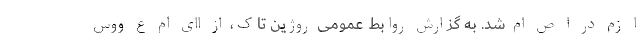
ا زم در ا ص ام شد. به گزارش روابط عمومی روژین تاک، از اای ام ع ووس